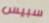
سبيس